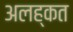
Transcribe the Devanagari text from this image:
अलह्कत